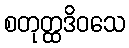
စတုတ္ထဒိဝသေ